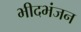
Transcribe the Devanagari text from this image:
भीदभंजन